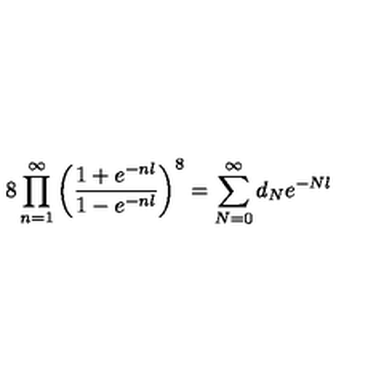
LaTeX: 8 \prod _ { n = 1 } ^ { \infty } \left( \frac { 1 + e ^ { - n l } } { 1 - e ^ { - n l } } \right) ^ { 8 } = \sum _ { N = 0 } ^ { \infty } d _ { N } e ^ { - N l }